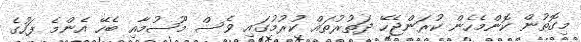
މިގޮތުން ކޮންމެހެން ކުރަންޖެހޭ ދަތުރުތައް ކުރުމުގައި ވެސް މޫސުމާއި ބެހޭ އެންމެ ފަހުގެ